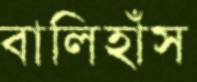
বালিহাঁস